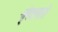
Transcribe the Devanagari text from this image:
श्रृंखलासे